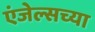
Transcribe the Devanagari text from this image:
एंजेल्सच्या